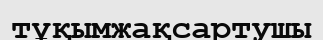
тұқымжақсартушы